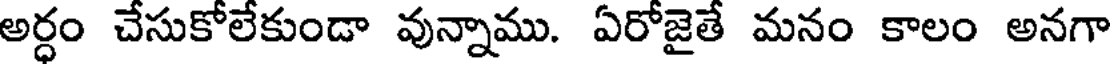
అర్ధం చేసుకోలేకుండా వున్నాము. ఏరోజైతే మనం కాలం అనగా